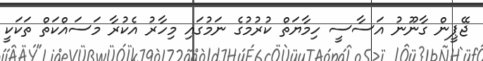
ޖޭޕީން ގާނޫނު އަސާސީ ހިމާޔަތް ކުރުމުގެ ނަމުގައި މިހާރު އެކުރާ މަސައްކަތް ތަކަކީ